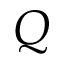
Q